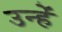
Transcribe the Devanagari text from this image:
उन्हेंं